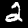
Digit: 2